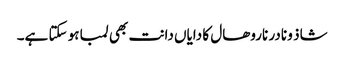
شاذ و نادر ناروھال کا دایاں دانت بھی لمبا ہو سکتا ہے۔